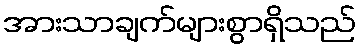
အားသာချက်များစွာရှိသည်